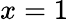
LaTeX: x=1